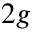
2 g